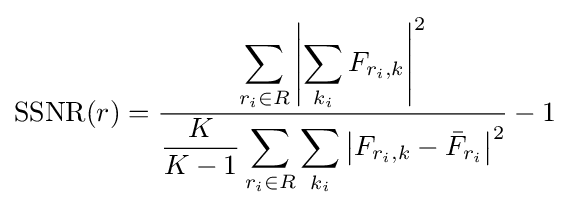
\mathrm {SSNR} (r)={\frac {\displaystyle \sum _{r_{i}\in R}\left|\sum _{k_{i}}{F_{r_{i},k}}\right|^{2}}{\displaystyle {\frac {K}{K-1}}\sum _{r_{i}\in R}\sum _{k_{i}}{\left|{F_{r_{i},k}-{\bar {F}}_{r_{i}}}\right|^{2}}}}-1